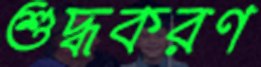
শুদ্ধকরণ